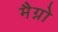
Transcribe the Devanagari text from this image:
मैग्नो